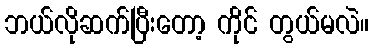
ဘယ်လိုဆက်ပြီးတော့ ကိုင် တွယ်မလဲ။